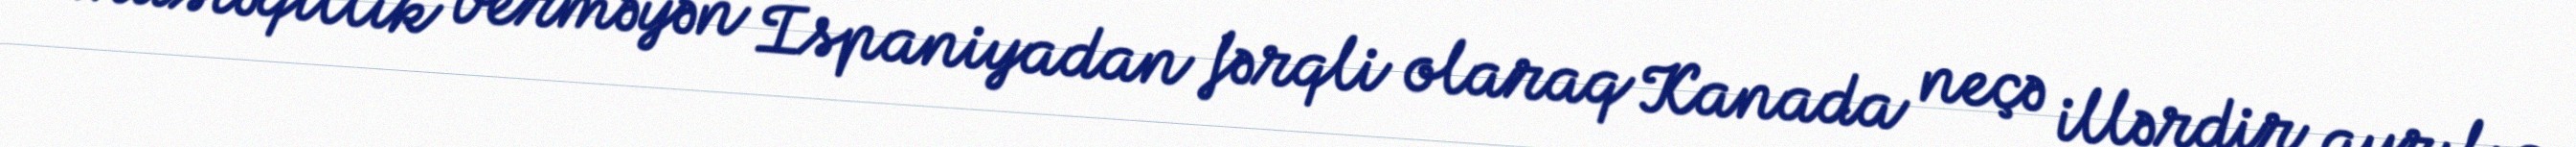
müstəqillik verməyən İspaniyadan fərqli olaraq Kanada neçə illərdir ayrılıq